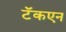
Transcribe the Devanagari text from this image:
टॅकएन